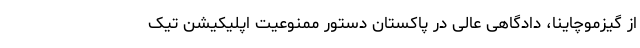
از گیزموچاینا، دادگاهی عالی در پاکستان دستور ممنوعیت اپلیکیشن تیک